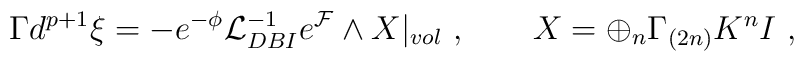
\Gamma d^{p+1} \xi    = - e^{-\phi} {\cal L}^{-1}_{DBI}  e^{\cal F} \wedge X|_{vol}~,\qquad X = \oplus_n \Gamma_{(2n)} K^n I ~,